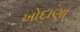
ખોદાણા